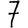
Digit: 7